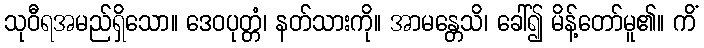
သုဝီရအမည်ရှိသော။ ဒေဝပုတ္တံ၊ နတ်သားကို။ အာမန္တေသိ၊ ခေါ်၍ မိန့်တော်မူ၏။ ကိံ